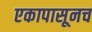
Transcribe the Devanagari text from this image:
एकापासूनच